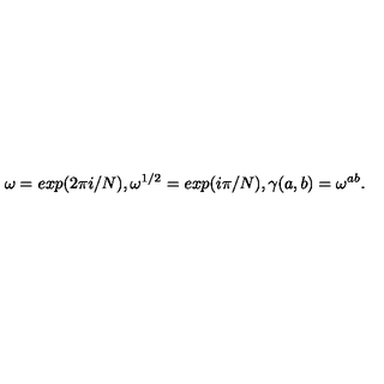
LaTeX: \omega = e x p ( 2 \pi i / N ) , \omega ^ { 1 / 2 } = e x p ( i \pi / N ) , \gamma ( a , b ) = \omega ^ { a b } .